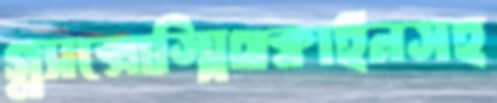
গ্ল্যাক্সোস্মিথক্লাইনসহ